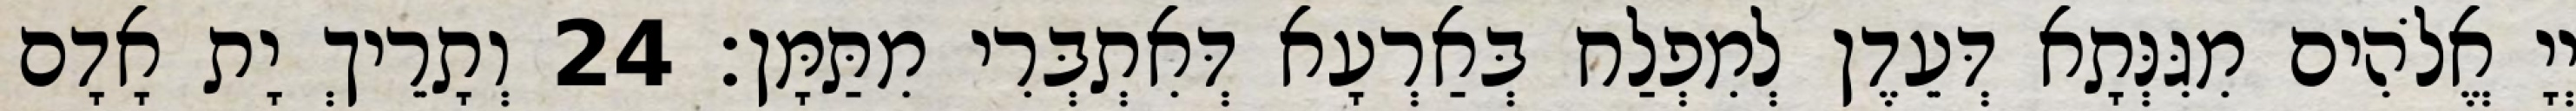
יְיָ אֱלֹהִים מִגִּנְּתָא דְּעֵדֶן לְמִפְלַח בְּאַרְעָא דְּאִתְבְּרִי מִתַּמָּן׃ 24 וְתָרֵיךְ יָת אָדָם